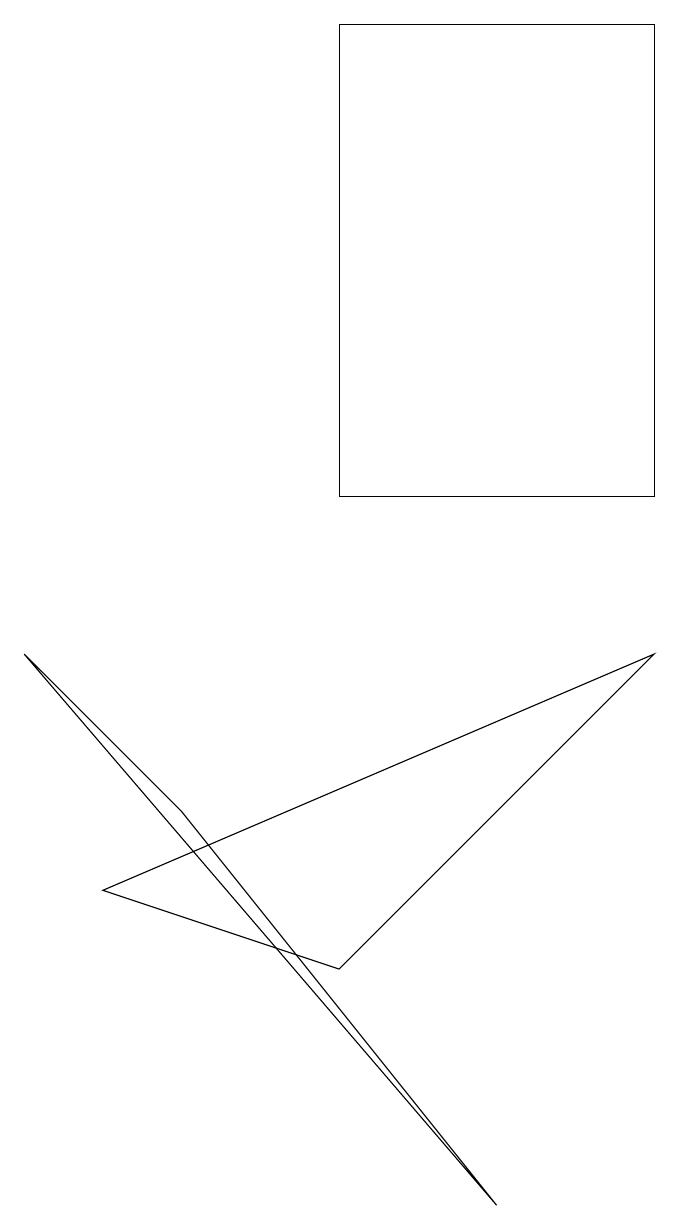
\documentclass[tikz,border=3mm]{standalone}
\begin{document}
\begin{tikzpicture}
\draw (8,10) rectangle (4,16);
\draw (6,1) -- (0,8) -- (2,6) -- cycle;
\draw (8,8) -- (4,4) -- (1,5) -- cycle;
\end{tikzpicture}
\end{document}